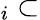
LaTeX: _i\subset